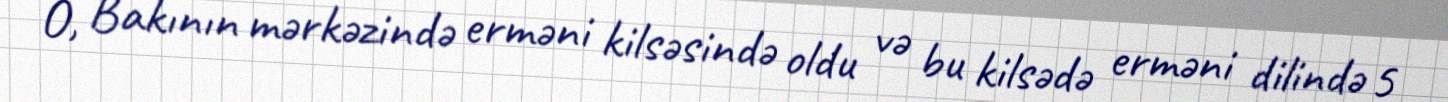
O, Bakının mərkəzində erməni kilsəsində oldu və bu kilsədə erməni dilində 5